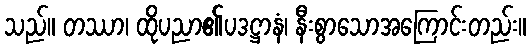
သည်။ တဿာ၊ ထိုပညာ၏ပဒဋ္ဌာနံ၊ နီးစွာသောအကြောင်းတည်း။